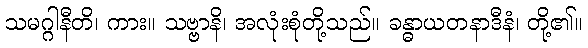
သမဂ္ဂါနီတိ၊ ကား။ သဗ္ဗာနိ၊ အလုံးစုံတို့သည်။ ခန္ဓာယတနာဒီနံ၊ တို့၏။